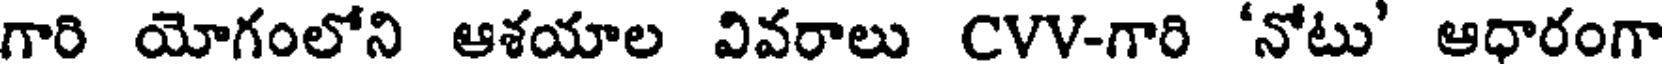
గారి యోగంలోని ఆశయాల వివరాలు CVV-గారి 'నోటు' ఆధారంగా